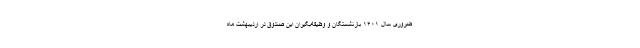
ضروری سال ۱۴۰۱ بازنشستگان و وظیفه‌بگیران این صندوق در اردیبهشت ماه